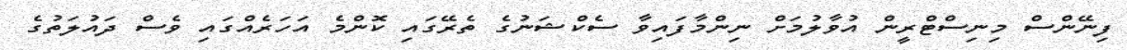
ފިނޭންސް މިނިސްޓްރީން އުވާލުމަށް ނިންމާފައިވާ ސެކްޝަނުގެ ތެރޭގައި ކޮންމެ އަހަރެއްގައި ވެސް ދައުލަތުގެ